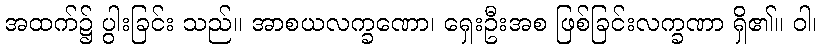
အထက်၌ ပွါးခြင်း သည်။ အာစယလက္ခဏော၊ ရှေးဦးအစ ဖြစ်ခြင်းလက္ခဏာ ရှိ၏။ ဝါ၊